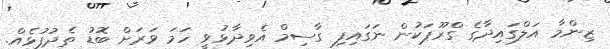
ޒިންމާ އަލްގައިދާގެ ގްރޫޕަކުން ނަގައިފި ގާސިމް އެވިދާޅުވީ ހަމަ ވަރަށް ބޮޑު ތެދުފުޅެއް.